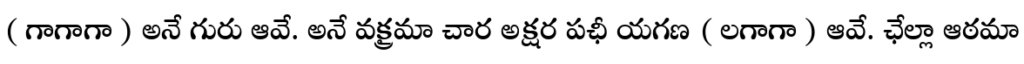
( గాగాగా ) అనే గురు ఆవే. అనే వక్త్రమా చార అక్షర పఛీ యగణ ( లగాగా ) ఆవే. ఛేల్లా ఆఠమా